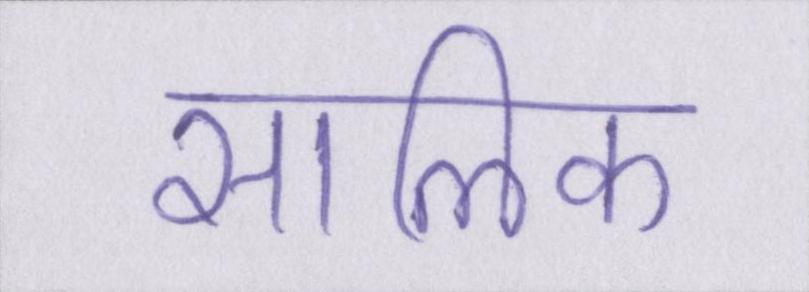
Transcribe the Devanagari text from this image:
सालिक